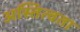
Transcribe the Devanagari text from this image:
अस्तित्वता